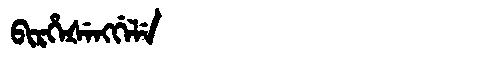
Manchu: ᠪᡳᡵᡥᡝᡧᡝᠩᡤᡝᠯᡝ
Romanization: BIRHEŠENGGELE